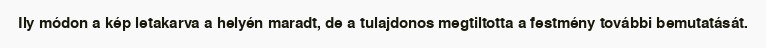
Ily módon a kép letakarva a helyén maradt, de a tulajdonos megtiltotta a festmény további bemutatását.